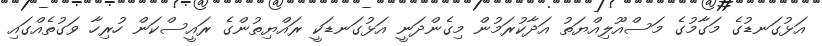
އަޅުގަނޑުގެ މަގާމުގެ މަސްއޫލިއްޔަތު އަދާކުރަމުން މިގެންދަނީ އަޅުގަނޑަކީ ރައްޔިތުންގެ ރައީސްކަން ހުރިހާ ވަގުތެއްގައި